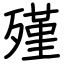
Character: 殣